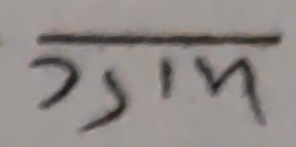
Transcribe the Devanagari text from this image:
गाम